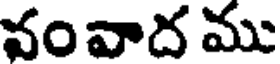
వంవాద ము